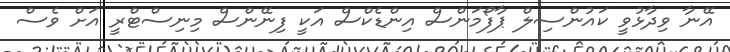
އޭނާ ވިދާޅުވީ ކައުންސިލް ޕާފޯމަންސް އިންޑެކްސް އަކީ ފިނޭންސް މިނިސްޓްރީ އަށް ވެސް